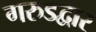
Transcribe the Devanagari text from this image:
गरुडद्वार